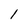
Character: l